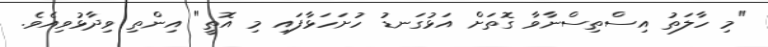
"މި ހާލަތު އިސްތިސްނާވާ ގޮތަށް އަޅުގަނޑު ހުށަހަޅާފައި މި އޮތީ" އިންތި ވިދާޅުވިއެވެ.